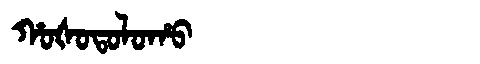
Manchu: ᡥᠣᡧᠣᡨᠣᠯᠣᡥᠣ
Romanization: HOŠOTOLOHO